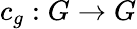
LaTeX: c_{g}:G\to G